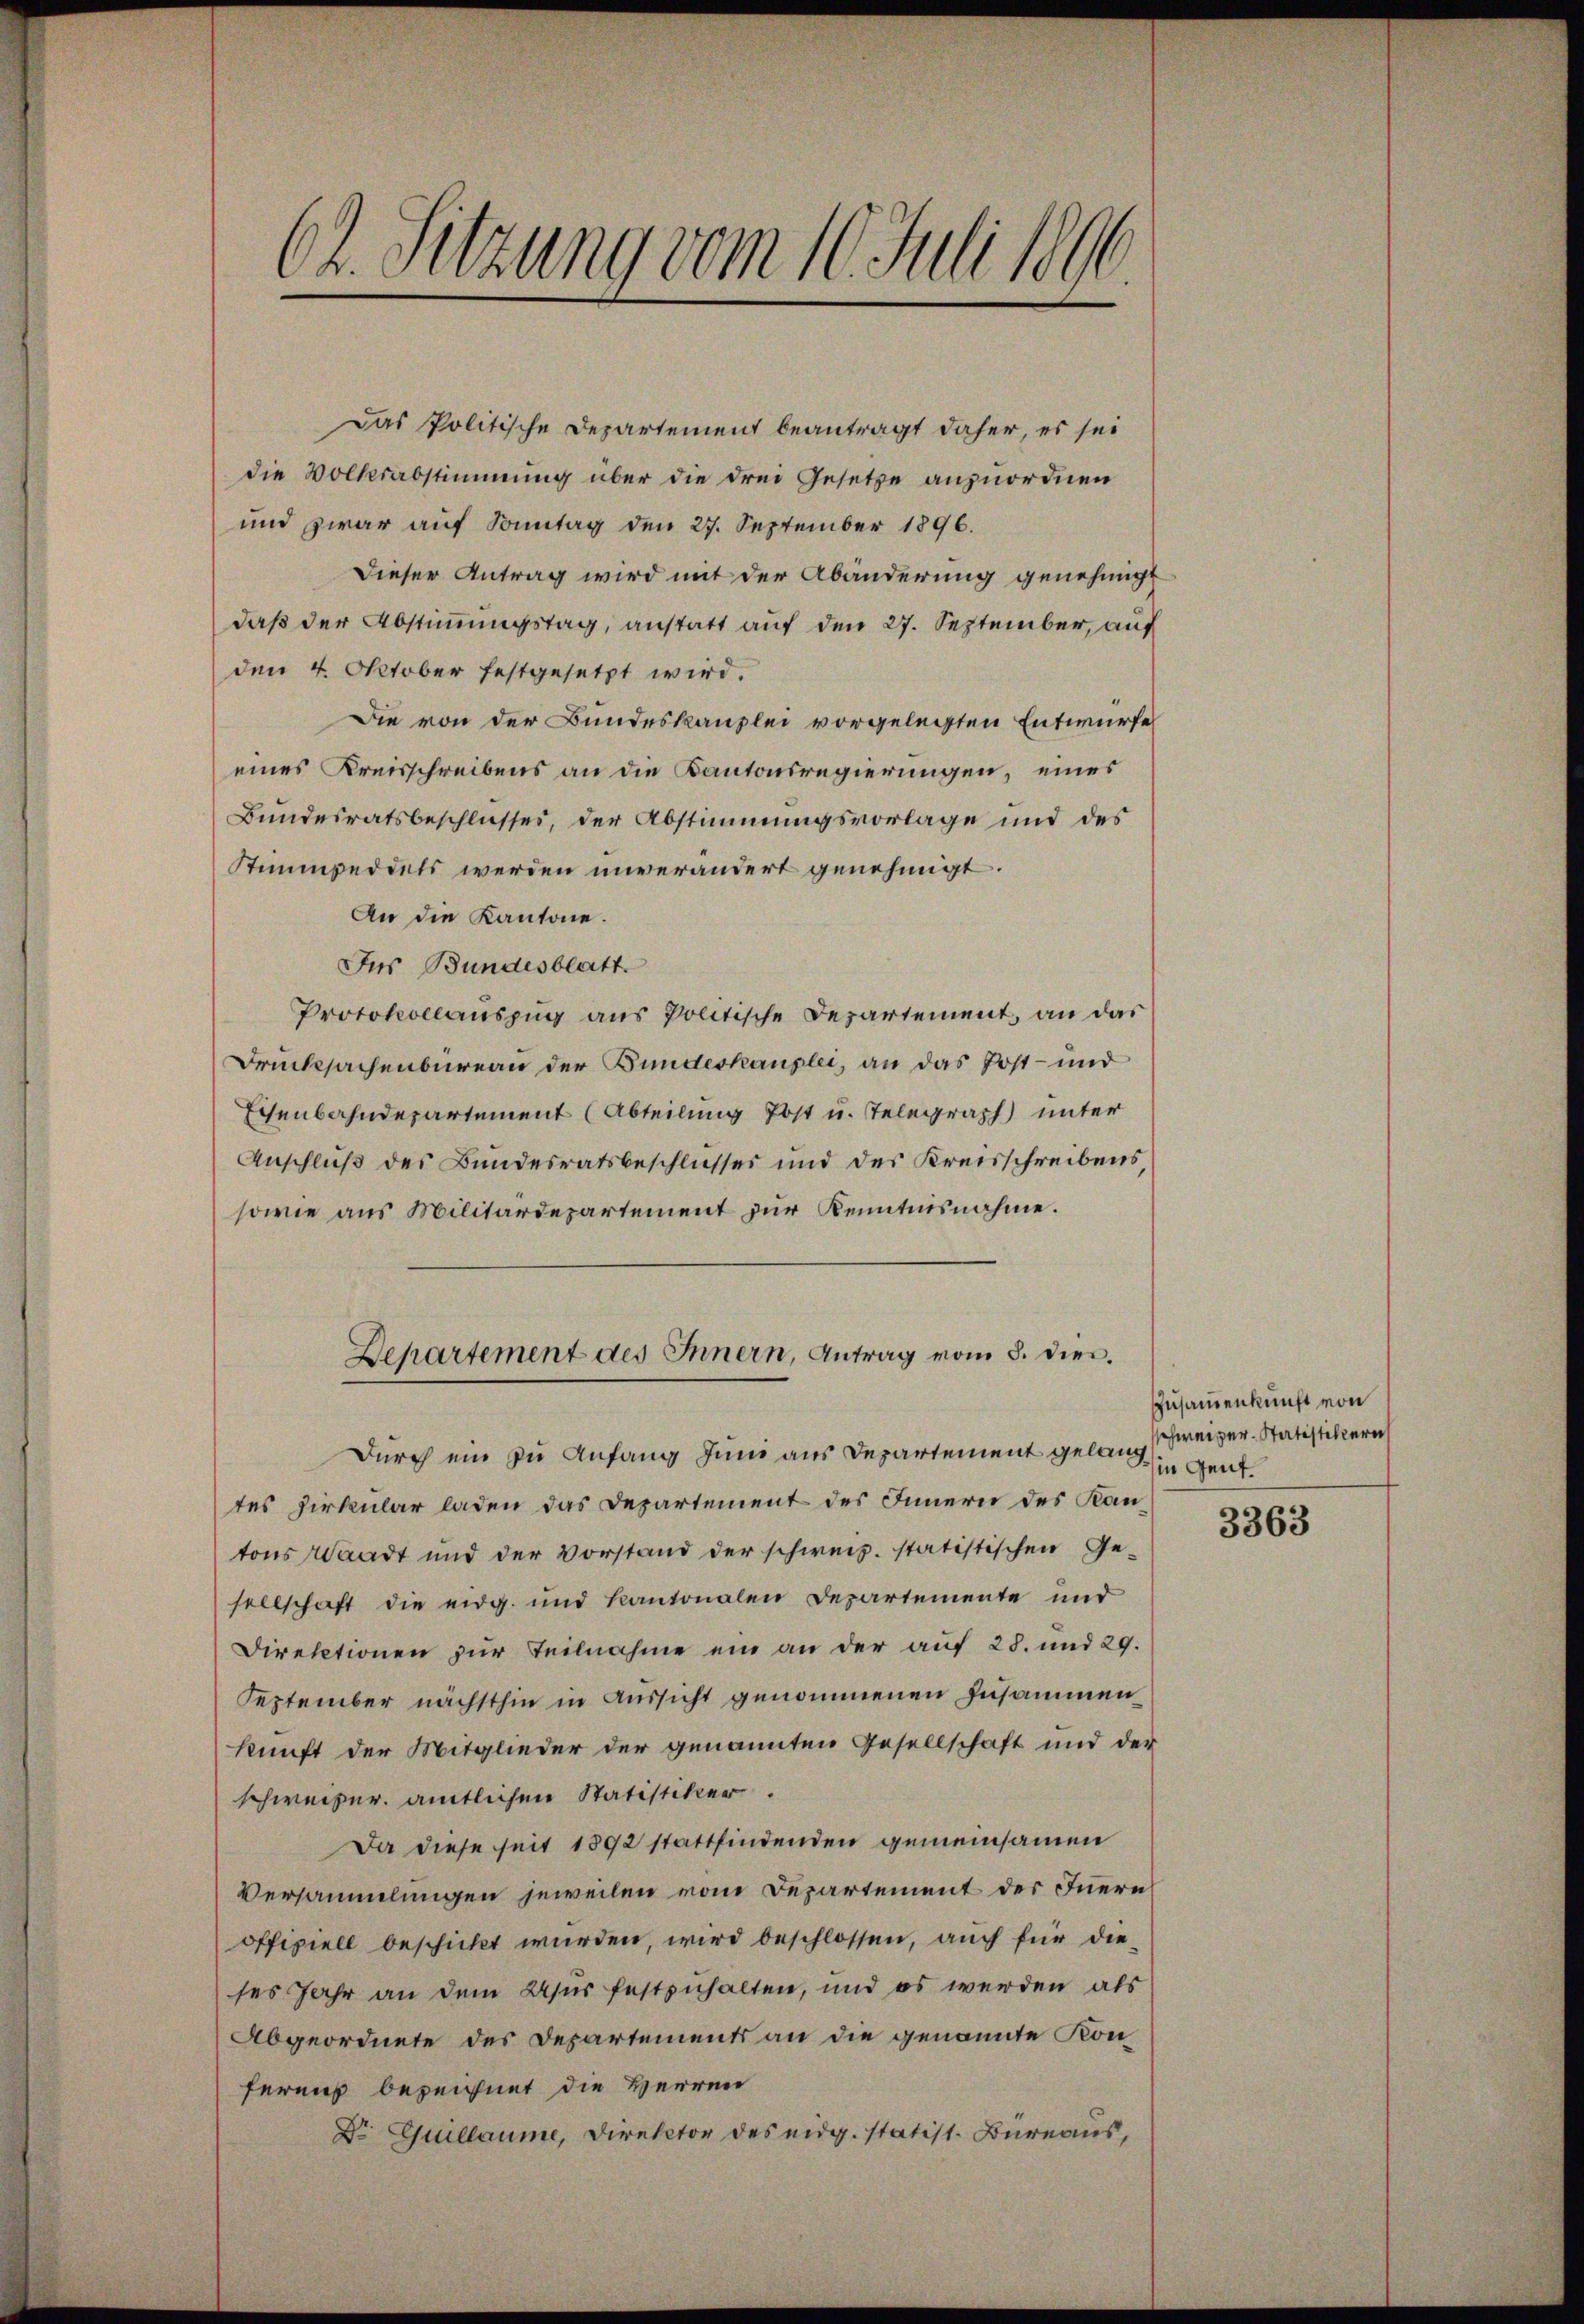
.
r. Sitzung vom 10. Juli 1891

Das Politische Departement beantragt daher, es sei
die Volksabstimmung über die drei Gesetze anzuordnen
und zwar auf Sonntag den 27. September 1896.
Dieser Antrag wird mit der Abänderung genehmigt
daß der Abstimmungstag, anstatt auf den 27. September, auf
den 4. Oktober festgesetzt wird.
Die von der Bundeskanzlei vorgelegten Entwurfe
eines Kreisschreibens an die Kantonsregierungen, eines
Bundesratsbeschlusses, der Abstimmungsvorlage und des
Stimmpediets werden unverändert genehmigt.
An die Kantone.
Jns Bundesblatt.
Protokollauszug aus Politische Departement, an das
Drucksachenbureau der Bundeshauplei, an das Post- und
Eisenbahndepartement (Abteilung Post u. Telegraph) unter
Anschluß des Bundesratsbeschlusses und des Kreisschreibens
sowie aus Militärdepartement zur Kenntnisnahme.
Departement des Innern, Antrag vom 3. dies
Durch ein zu Anfang Juni aus Departement gelang
tes Zirkular laden das Departement des Innern des Kantons Waadt und der Vorstand der schweiz. statistischen Ge-
sellschaft die eidg. und kantonalen Departemente und
Direktionen zur Teilnahme ein an der auf 28. und 29.
September nächsthin in Aussicht genommenen zusammen
kunft der Mitglieder der genannten Gesellschaft und der
schweizer. amtlichen Statistiker.
Da diese seit 1892 stattfindenden gemeinsamen
Versammlungen jeweilen von Departement der Inern
offiziell beschickt wurden, wird beschlossen, auch für dieses Jahr an dem Asus festzuhalten, und es werden als
Abgeordnete des Departements an die genannte Konferens bezeichnet die Herren
Dr Guillaume, Direktor des eidg. statist. Bureaus,

Zusammenkunft von
schweizer. Statistikleri
in Gent.

3363